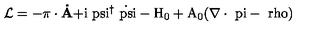
{ \cal L } = - \mathrm { \boldmath \pi } \bf \cdot \dot { A } \mathrm { + i \ p s i ^ { \dagger } \dot { \ p s i } - H _ { 0 } + A _ { 0 } ( \nabla \cdot \mathrm { \boldmath \ p i } - \ r h o ) }